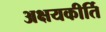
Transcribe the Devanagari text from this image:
अक्षयकीर्ति